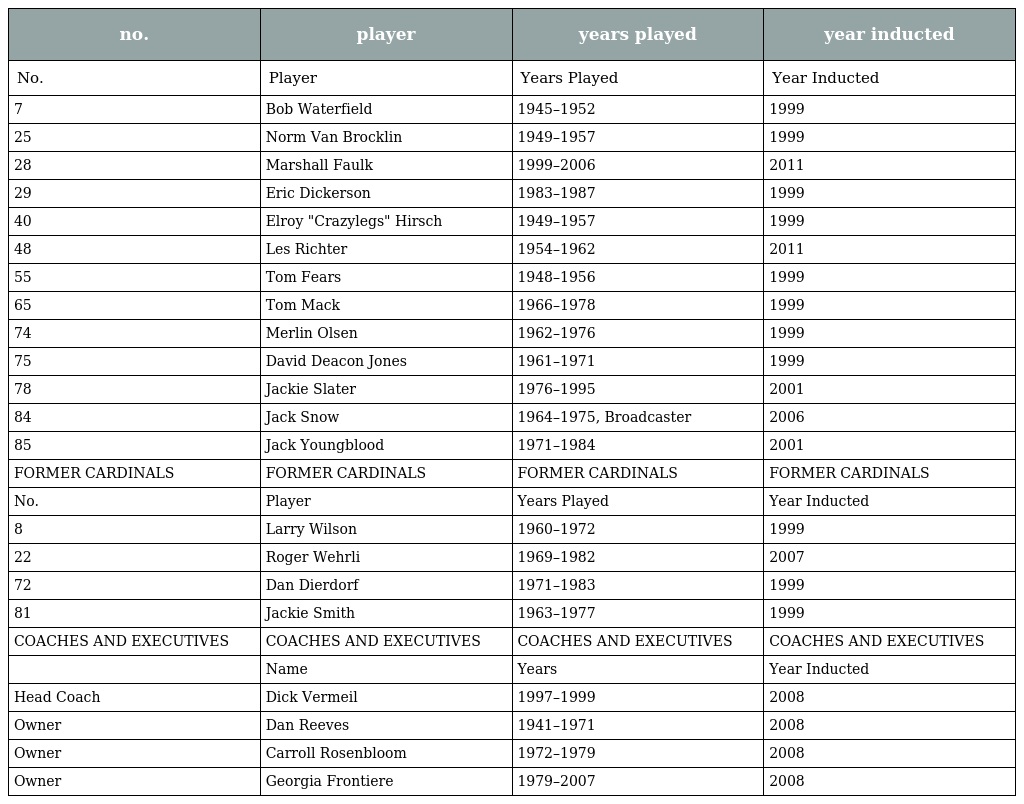
| no. | player | years played | year inducted |
 | --- | --- | --- | --- |
 | No. | Player | Years Played | Year Inducted |
 | 7 | Bob Waterfield | 1945–1952 | 1999 |
 | 25 | Norm Van Brocklin | 1949–1957 | 1999 |
 | 28 | Marshall Faulk | 1999–2006 | 2011 |
 | 29 | Eric Dickerson | 1983–1987 | 1999 |
 | 40 | Elroy "Crazylegs" Hirsch | 1949–1957 | 1999 |
 | 48 | Les Richter | 1954–1962 | 2011 |
 | 55 | Tom Fears | 1948–1956 | 1999 |
 | 65 | Tom Mack | 1966–1978 | 1999 |
 | 74 | Merlin Olsen | 1962–1976 | 1999 |
 | 75 | David Deacon Jones | 1961–1971 | 1999 |
 | 78 | Jackie Slater | 1976–1995 | 2001 |
 | 84 | Jack Snow | 1964–1975, Broadcaster | 2006 |
 | 85 | Jack Youngblood | 1971–1984 | 2001 |
 | FORMER CARDINALS | FORMER CARDINALS | FORMER CARDINALS | FORMER CARDINALS |
 | No. | Player | Years Played | Year Inducted |
 | 8 | Larry Wilson | 1960–1972 | 1999 |
 | 22 | Roger Wehrli | 1969–1982 | 2007 |
 | 72 | Dan Dierdorf | 1971–1983 | 1999 |
 | 81 | Jackie Smith | 1963–1977 | 1999 |
 | COACHES AND EXECUTIVES | COACHES AND EXECUTIVES | COACHES AND EXECUTIVES | COACHES AND EXECUTIVES |
 |  | Name | Years | Year Inducted |
 | Head Coach | Dick Vermeil | 1997–1999 | 2008 |
 | Owner | Dan Reeves | 1941–1971 | 2008 |
 | Owner | Carroll Rosenbloom | 1972–1979 | 2008 |
 | Owner | Georgia Frontiere | 1979–2007 | 2008 |